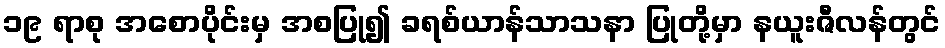
၁၉ ရာစု အစောပိုင်းမှ အစပြု၍ ခရစ်ယာန်သာသနာ ပြုတို့မှာ နယူးဇီလန်တွင်